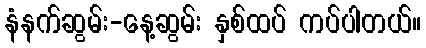
နံနက်ဆွမ်း-နေ့ဆွမ်း နှစ်ထပ် ကပ်ပါတယ်။